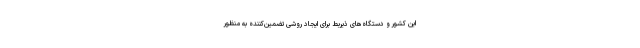
این کشور و دستگاه‌های ذیربط برای ایجاد روشی تضمین‌کننده به منظور